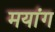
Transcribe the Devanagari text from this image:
मयांग